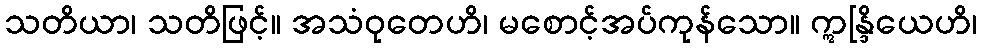
သတိယာ၊ သတိဖြင့်။ အသံဝုတေဟိ၊ မစောင့်အပ်ကုန်သော။ ဣန္ဒြိယေဟိ၊